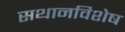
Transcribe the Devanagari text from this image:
सथानविशेष